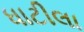
ધાટીલા